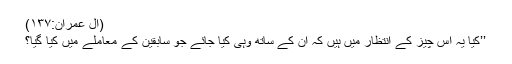
(آل عمران:۱۳۷)
’’کیا یہ اس چیز کے انتظار میں ہیں کہ ان کے ساتھ وہی کیا جائے جو سابقین کے معاملے میں کیا گیا؟